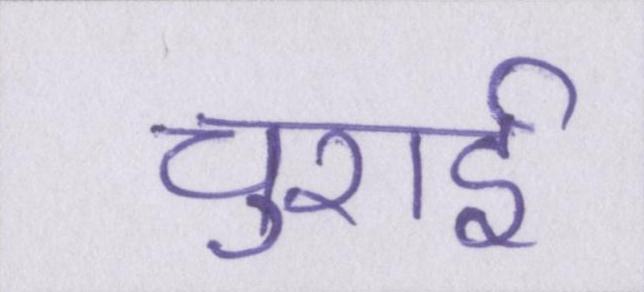
चुराई